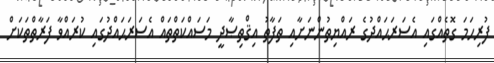
ފުރިހަމަ ގޮތެއްގައި އެސަރަޙައްދުގެ ރައްޔިތުންނަށާއި ތަފާތު އިޤްތިޞާދީ މަސައްކަތްތައް އެސަރަޙައްދުގައި ކުރައްވާ ފަރާތްތަކަށް